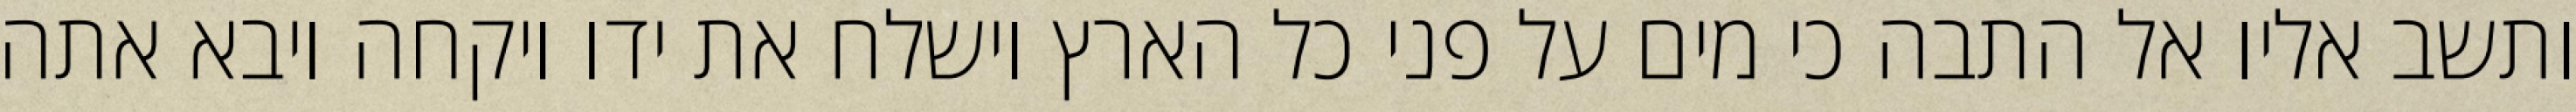
ותשב אליו אל התבה כי מים על פני כל הארץ וישלח את ידו ויקחה ויבא אתה